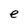
Character: e